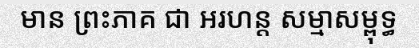
មាន ព្រះភាគ ជា អរហន្ត សម្មាសម្ពុទ្ធ